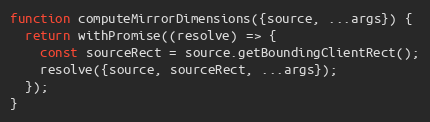
Language: JavaScript
function computeMirrorDimensions({source, ...args}) {
  return withPromise((resolve) => {
    const sourceRect = source.getBoundingClientRect();
    resolve({source, sourceRect, ...args});
  });
}